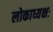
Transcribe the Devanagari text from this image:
लोकाध्यक्षः